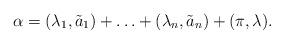
LaTeX: \begin{align*} \alpha=(\lambda_1,\tilde{a}_1)+\ldots+(\lambda_n,\tilde{a}_n)+(\pi,\lambda).\end{align*}